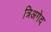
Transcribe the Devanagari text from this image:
त्रिअगेद